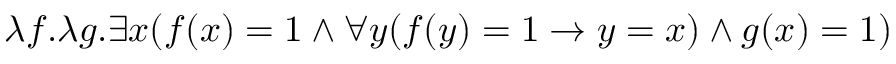
\lambda f . \lambda g . \exists x ( f ( x ) = 1 \land \forall y ( f ( y ) = 1 \rightarrow y = x ) \land g ( x ) = 1 )